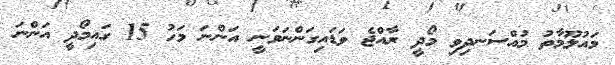
މައުލޫމާތު މުއްސަނދިވި މޯދީ ރާއްޖެ ވަޑައިގަންނަވަނީ އަންނަ މަހު 15 ގައިމޯދީ އަންނަ